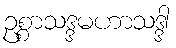
ဥစ္စာသဒ္ဒမဟာသဒ္ဒါ